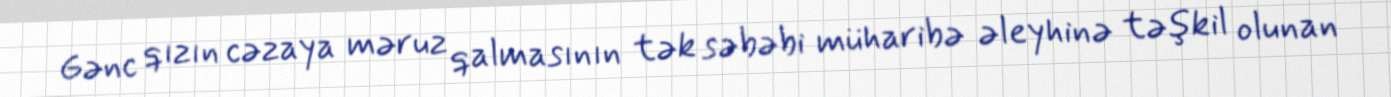
Gənc qızın cəzaya məruz qalmasının tək səbəbi müharibə əleyhinə təşkil olunan